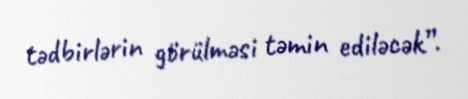
tədbirlərin görülməsi təmin ediləcək”.